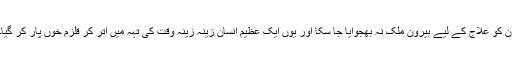
ان کو علاج کے لیے بیرون ملک نہ بھجوایا جا سکا اور یوں ایک عظیم انسان زینہ زینہ وقت کی تہہ میں اتر کر قلزم خوں پار کر گیا۔